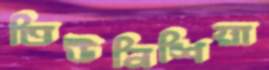
তিউনিশিয়া